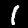
Label: 1